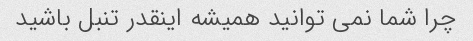
چرا شما نمی توانید همیشه اینقدر تنبل باشید